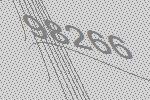
98266